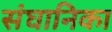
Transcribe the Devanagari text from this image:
संघानिका